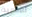
للبشرية